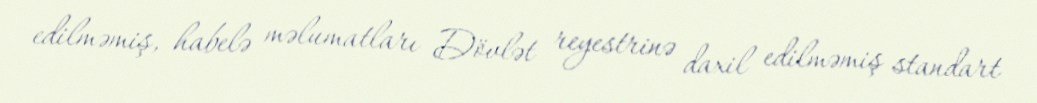
edilməmiş, habelə məlumatları Dövlət reyestrinə daxil edilməmiş standart